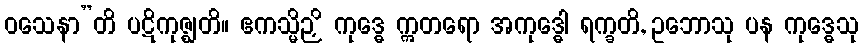
ဝသေနာ”တိ ပဋိကုဇ္ဈတိ။ ဧကသ္မိဉှိ ကုဒ္ဓေ ဣတရော အကုဒ္ဓေါ ရက္ခတိ, ဥဘောသု ပန ကုဒ္ဓေသု